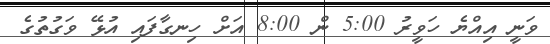
ވަނީ އިއްޔެ ހަވީރު 5:00 ން 8:00 އަށް ހިނގާފައި އުޅޭ ވަގުތުގެ